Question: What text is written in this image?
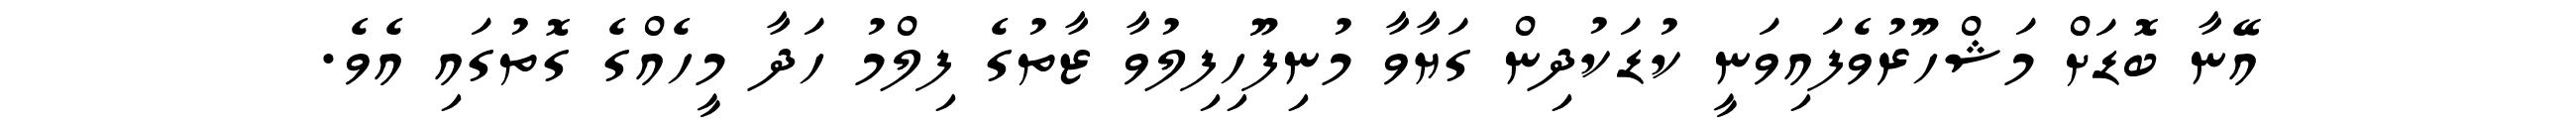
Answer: އޭނާ ބޮޑަށް މަޝްހޫރުވެފައިވަނީ ކުޑަކުދިން ގަޔާވާ މުނިފޫހިފިލުވާ ޒާތުގެ ފިލްމު ހަދާ މީހެއްގެ ގޮތުގައި އެވެ.